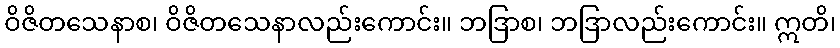
ဝိဇိတသေနာစ၊ ဝိဇိတသေနာလည်းကောင်း။ ဘဒြာစ၊ ဘဒြာလည်းကောင်း။ ဣတိ၊